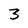
Character: 3